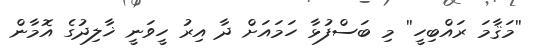
''މަޤާމަ ރައްބިހީ'' މި ބަސްފުޅާ ހަމައަށް ދާ އިރު ހީވަނީ ޚާލިދުގެ އޮމާން